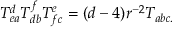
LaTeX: T _ { e a } ^ { d } T _ { d b } ^ { f } T _ { f c } ^ { e } = ( d - 4 ) r ^ { - 2 } T _ { a b c . }